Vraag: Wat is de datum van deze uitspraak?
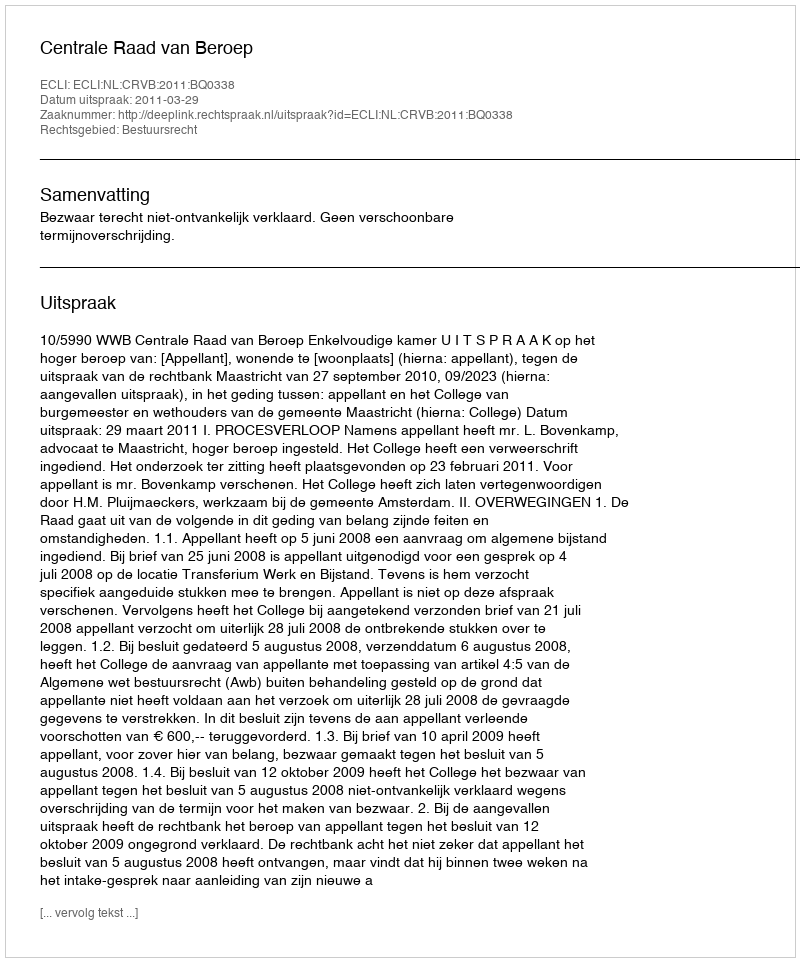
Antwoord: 2011-03-29